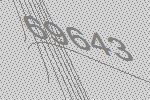
69643